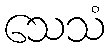
သေသံ